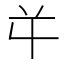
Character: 𭁄